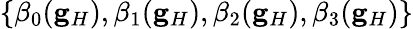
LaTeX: \{ \beta_{0}(\mathbf{g}_{H}),\beta_{1}(\mathbf{g}_{H}),\beta_{2}(\mathbf{g}_{H}),\beta_{3}(\mathbf{g}_{H})\}